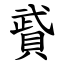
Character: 䝾